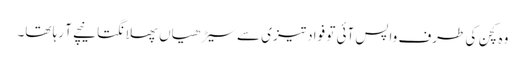
وہ کچن کی طرف واپس آئی تو فواد تیزی سے سیڑھیاں پھلانگتا نیچے آ رہا تھا۔